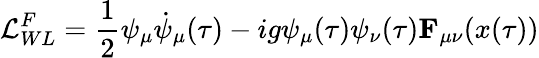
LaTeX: {\cal L}_{WL}^{F}=\frac{1}{2}\psi_{\mu}\dot{\psi}_{\mu}(\tau)-ig\psi_{\mu}(\tau)\psi_{\nu}(\tau){\mathbf F}_{\mu\nu}(x(\tau))